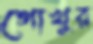
গোখুর